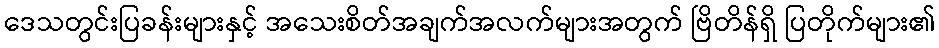
ဒေသတွင်းပြခန်းများနှင့် အသေးစိတ်အချက်အလက်များအတွက် ဗြိတိန်ရှိ ပြတိုက်များ၏